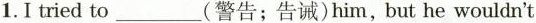
1.I tried to___(警告；告诫)him,but he wouldn't